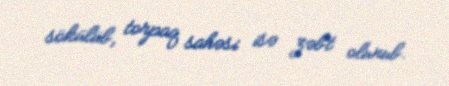
sökülüb, torpaq sahəsi isə zəbt olunub.